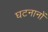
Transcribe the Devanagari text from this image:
घटनानों